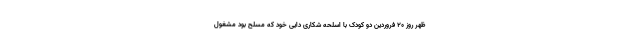
ظهر روز ۲۰ فروردین دو کودک با اسلحه شکاری دایی خود که مسلح بود مشغول